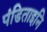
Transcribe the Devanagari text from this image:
पंडिताइनि